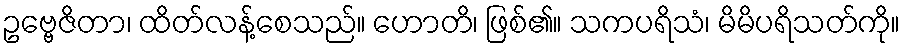
ဥဗ္ဗေဇိတာ၊ ထိတ်လန့်စေသည်။ ဟောတိ၊ ဖြစ်၏။ သကပရိသံ၊ မိမိပရိသတ်ကို။